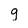
Character: g